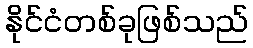
နိုင်ငံတစ်ခုဖြစ်သည်